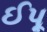
ઈપૂ